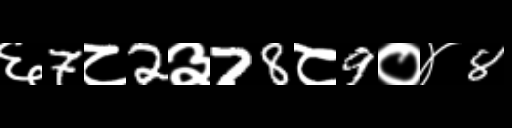
Text: ६7८2३78८9०४8